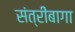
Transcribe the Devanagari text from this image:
संत्रीबागा